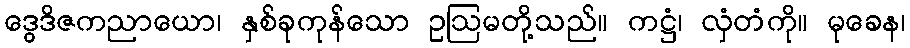
ဒွေဒိဇကညာယော၊ နှစ်ခုကုန်သော ဥဩမတို့သည်။ ကဋ္ဌံ၊ လှံတံကို။ မုခေန၊